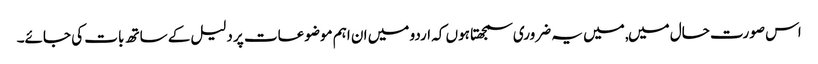
اس صورت حال میں, میں یہ ضروری سمجھتا ہوں کہ اردو میں ان اہم موضوعات پر دلیل کے ساتھ بات کی جائے۔